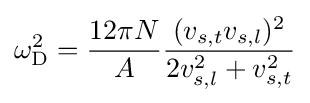
\omega _{\rm {D}}^{2}={\frac {12\pi N}{A}}{\frac {(v_{s,t}v_{s,l})^{2}}{2v_{s,l}^{2}+v_{s,t}^{2}}}